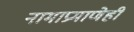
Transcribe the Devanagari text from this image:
नामाप्रमाणेही